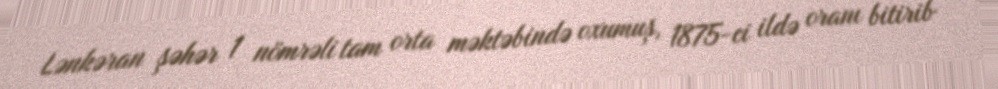
Lənkəran şəhər 1 nömrəli tam orta məktəbində oxumuş, 1875-ci ildə oranı bitirib